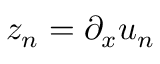
z _ { n } = \partial _ { x } u _ { n }